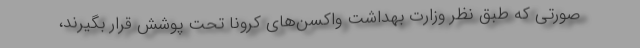
صورتی که طبق نظر وزارت بهداشت واکسن‌های کرونا تحت پوشش قرار بگیرند،